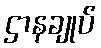
ဌာနချုပ်